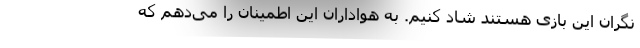
نگران این بازی هستند شاد کنیم. به هواداران این اطمینان را می‌دهم که